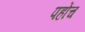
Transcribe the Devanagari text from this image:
पहोंच